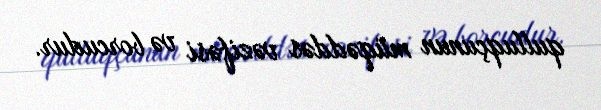
qulluqçunun müqəddəs vəzifəsi və borcudur.